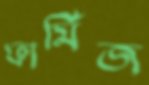
ফার্মিজ